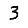
Digit: 3